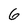
Character: 6